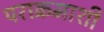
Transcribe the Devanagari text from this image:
पराक्रमाशी